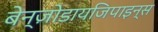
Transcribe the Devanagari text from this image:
बेन्ज़ोडायजिपाइन्स